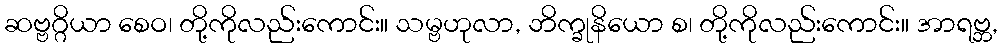
ဆဗ္ဗဂ္ဂိယာ စေဝ၊ တို့ကိုလည်းကောင်း။ သမ္ဗဟုလာ, ဘိက္ခုနိယော စ၊ တို့ကိုလည်းကောင်း။ အာရဗ္ဘ,